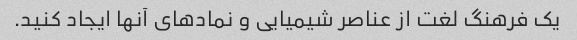
یک فرهنگ لغت از عناصر شیمیایی و نمادهای آنها ایجاد کنید.